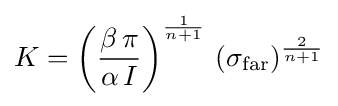
K=\left({\frac {\beta \,\pi }{\alpha \,I}}\right)^{\frac {1}{n+1}}\,(\sigma _{\text{far}})^{\frac {2}{n+1}}